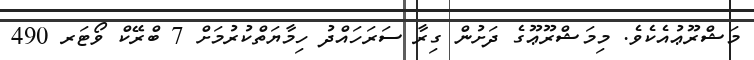
މަޝްރޫޢުއެކެވެ. މިމަޝްރޫޢޫގެ ދަށުން ގިރާ ސަރަހައްދު ހިމާޔަތްކުރުމަށް 7 ބްރޭކް ވޯޓަރ 490